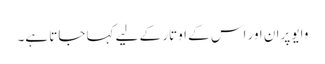
وایو پران اور اس کے اوتار کے لیے کہا جاتا ہے۔